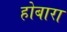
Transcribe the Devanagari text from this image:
होबारा